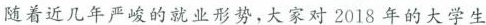
随着近几年严峻的就业形势，大家对2018年的大学生